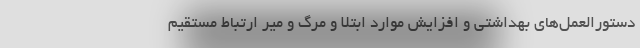
دستورالعمل‌های بهداشتی و افزایش موارد ابتلا و مرگ و میر ارتباط مستقیم